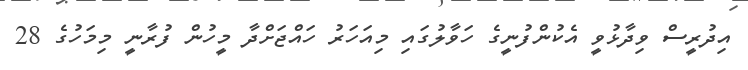
އިދުރީސް ވިދާޅުވީ އެކުންފުނީގެ ހަވާލުގައި މިއަހަރު ހައްޖަށްދާ މީހުން ފުރާނީ މިމަހުގެ 28